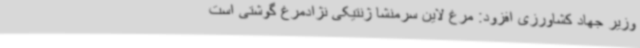
وزیر جهاد کشاورزی افزود: مرغ لاین سرمنشا ژنتیکی نژادمرغ گوشتی است